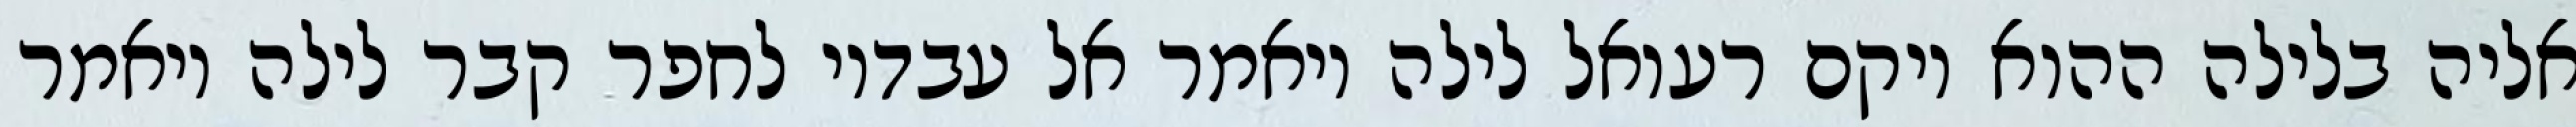
אליה בלילה ההוא ויקם רעואל לילה ויאמר אל עבדיו לחפר קבר לילה ויאמר